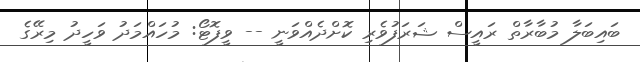
ބައިބަލާ މުބާރާތް ރައީސް ޝަރަފުވެރި ކޮށްދެއްވަނީ -- ވީފޮޓޯ: މުހައްމަދު ވަހީދު މިރޭގެ